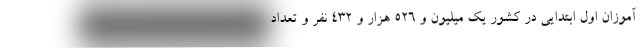
آموزان اول ابتدایی در کشور یک میلیون و ۵۲۶ هزار و ۴۳۲ نفر و تعداد